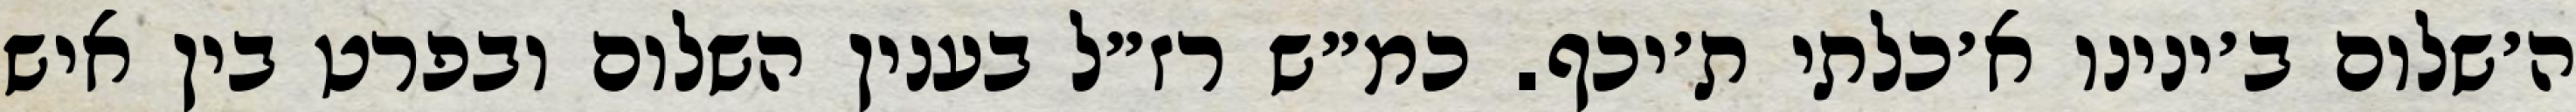
ה׳שלום ב׳ינינו א׳כלתי ת׳יכף. כמ״ש רז״ל בענין השלום ובפרט בין איש